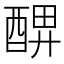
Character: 𨡟